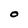
Character: O